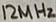
Text: 12MHz